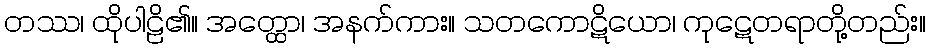
တဿ၊ ထိုပါဠိ၏။ အတ္ထော၊ အနက်ကား။ သတကောဋိယော၊ ကုဋေတရာတို့တည်း။